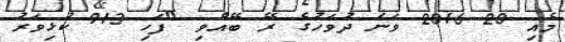
މެއި 20 2016 ވަނަ ދުވަހުގެ ރޭ ބޭއްވި "ފަހި 913 ކުޅިވަރު